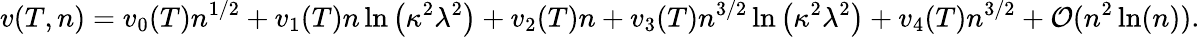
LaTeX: v(T,n)=v_{0}(T)n^{1/2}+v_{1}(T)n\ln\left(\kappa^{2}\lambda^{2}\right)+v_{2}(T)n+v_{3}(T)n^{3/2}\ln\left(\kappa^{2}\lambda^{2}\right)+v_{4}(T)n^{3/2}+{\cal O}(n^{2}\ln(n)).